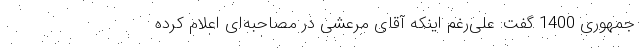
‌جمهوری 1400 گفت:‌ علی‌رغم اینکه آقای مرعشی در مصاحبه‌ای اعلام کرده